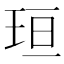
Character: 𪻘